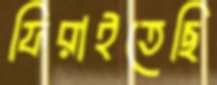
ফিরাইতেছি